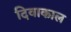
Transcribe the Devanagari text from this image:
दिवाकाल